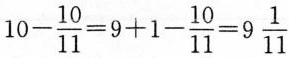
1 0 - \frac { 1 0 } { 1 1 } = 9 + 1 - \frac { 1 0 } { 1 1 } = 9 \frac { 1 } { 11 }$$